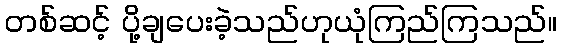
တစ်ဆင့် ပို့ချပေးခဲ့သည်ဟုယုံကြည်ကြသည်။